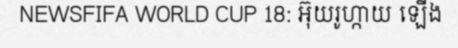
NEWSFIFA WORLD CUP 18: អ៊ុយរូហ្កាយ ឡើង